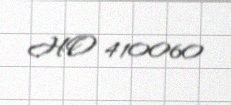
HO 410060